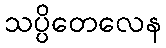
သပ္ပိတေလေန